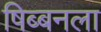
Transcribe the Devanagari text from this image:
षिब्बनला